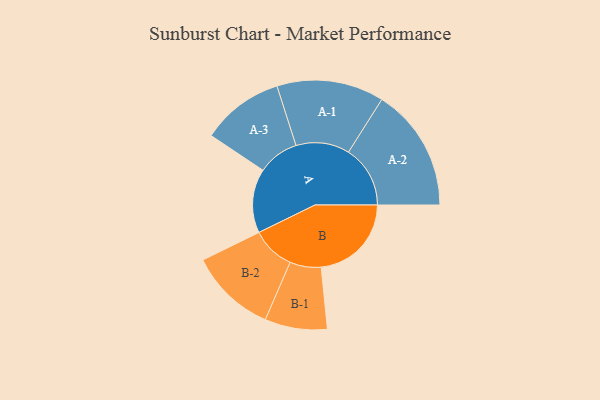
{"axis": {"x": "Segment", "y": "Value"}, "legend": ["", "A", "B"], "data": [{"x": "A", "y": 306, "type": ""}, {"x": "B", "y": 431, "type": ""}, {"x": "A-1", "y": 256, "type": "A"}, {"x": "A-2", "y": 295, "type": "A"}, {"x": "A-3", "y": 197, "type": "A"}, {"x": "B-1", "y": 149, "type": "B"}, {"x": "B-2", "y": 207, "type": "B"}]}